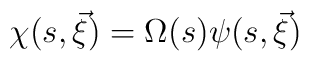
\chi (s,\vec \xi)= \Omega (s)\psi(s,\vec \xi)